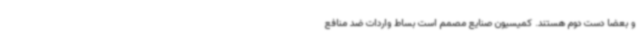
و بعضاً دست دوم هستند. کمیسیون صنایع مصمم است بساط واردات ضد منافع